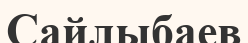
Сайлыбаев